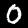
Label: 0